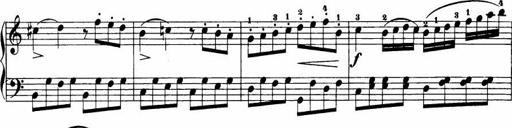
Title: Le bouquetier
Composer: Anton Diabelli
Key: G major
 C major
 F major
 C major